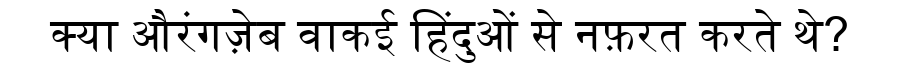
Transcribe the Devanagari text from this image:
क्या औरंगज़ेब वाकई हिंदुओं से नफ़रत करते थे?